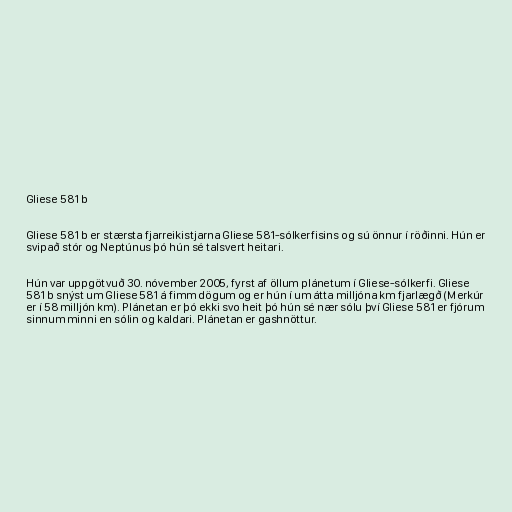
Gliese 581 b

Gliese 581 b er stærsta fjarreikistjarna Gliese 581-sólkerfisins og sú önnur í röðinni. Hún er
svipað stór og Neptúnus þó hún sé talsvert heitari.

Hún var uppgötvuð 30. nóvember 2005, fyrst af öllum plánetum í Gliese-sólkerfi. Gliese
581 b snýst um Gliese 581 á fimm dögum og er hún í um átta milljóna km fjarlægð (Merkúr
er í 58 milljón km). Plánetan er þó ekki svo heit þó hún sé nær sólu því Gliese 581 er fjórum
sinnum minni en sólin og kaldari. Plánetan er gashnöttur.